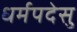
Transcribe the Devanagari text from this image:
धर्मपदेसु